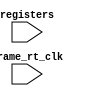
module GameLogicController(registers, frame_rt_clk);

    input frame_rt_clk, registers;

    // reads from different registers at frame rate, compares contents

    // TODO: this may be unnecessary, could be handled by processor completely


endmodule